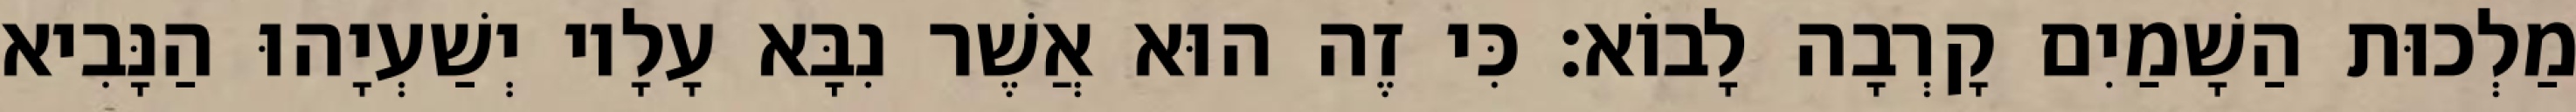
מַלְכוּת הַשָׁמַיִם קָרְבָה לָבוֹא׃ כִּי זֶה הוּא אֲשֶׁר נִבָּא עָלָיו יְשַׁעְיָהוּ הַנָּבִיא